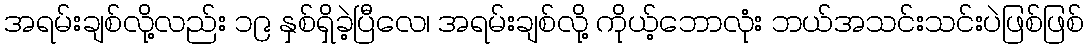
အရမ်းချစ်လို့လည်း ၁၉ နှစ်ရှိခဲ့ပြီလေ၊ အရမ်းချစ်လို့ ကိုယ့်ဘောလုံး ဘယ်အသင်းသင်းပဲဖြစ်ဖြစ်